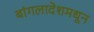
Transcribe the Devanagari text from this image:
बांगलादेशमधून